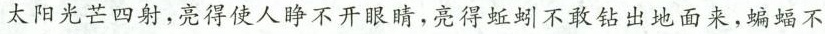
太阳光芒四射，亮得使人睁不开眼睛，亮得蚯蚓不敢钻出地面来，蝙蝠不